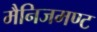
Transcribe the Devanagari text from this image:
मैनिजमण्ट